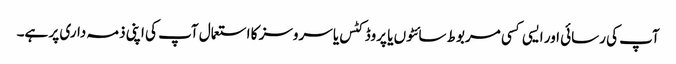
آپ کی رسائی اور ایسی کسی مربوط سائٹوں یا پروڈکٹس یا سروسز کا استعمال آپ کی اپنی ذمہ داری پر ہے۔